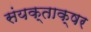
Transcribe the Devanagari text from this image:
संयक्ताक्षर